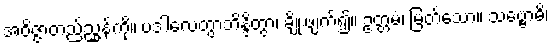
အဝိဇ္ဇာတည်ညွှန့်ကို။ ပဒါလေတွာဘိန္ဒိတွာ၊ ချိုးဖျက်၍။ ဥတ္တမံ၊ မြတ်သော။ သဗ္ဗောဓိ၊